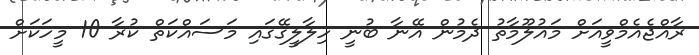
ރާއްޖެއެމްވީއަށް މައުލޫމާތު ދެމުން އޭނާ ބުނީ ހިލާލީގޭގައި މަސައްކަތް ކުރާ 10 މީހަކަށް